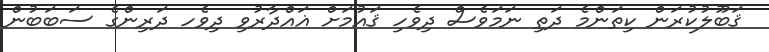
ޤަބޫލުކުރަން ކިތަންމެ ދަތި ނަމަވެސް ދިވެހި ޤައުމަށް ޣައްދާރުވި ދިވެހ ދަރިންގެ ސަބަބުން